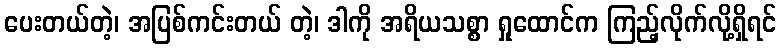
ပေးတယ်တဲ့၊ အပြစ်ကင်းတယ် တဲ့၊ ဒါကို အရိယသစ္စာ ရှုထောင်က ကြည့်လိုက်လို့ရှိရင်